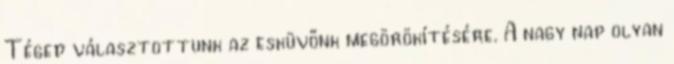
Téged választottunk az esküvőnk megörökítésére. A nagy nap olyan